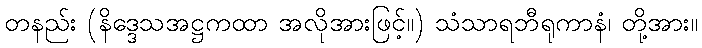
တနည်း (နိဒ္ဒေသအဋ္ဌကထာ အလိုအားဖြင့်။) သံသာရဘီရုကာနံ၊ တို့အား။